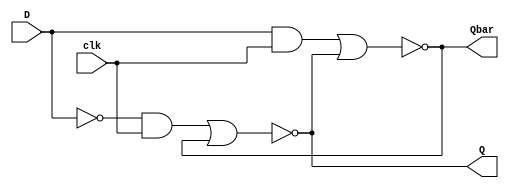
`timescale 1ns / 1ps
module inv(
    input D, clk,
    output Q, Qbar
    );
    wire A, B;
    assign A = (~D)&clk;
    assign B = D&clk;
    assign Q = ~(A | Qbar);
    assign Qbar = ~(B | Q);

endmodule